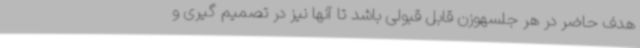
هدف حاضر در هر جلسهوزن قابل قبولی باشد تا آنها نیز در تصمیم گیری و